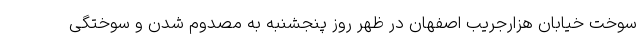
سوخت خیابان هزارجریب اصفهان در ظهر روز پنجشنبه به مصدوم شدن و سوختگی